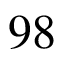
9 8